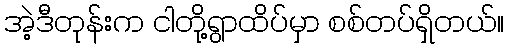
အဲ့ဒီတုန်းက ငါတို့ရွာထိပ်မှာ စစ်တပ်ရှိတယ်။